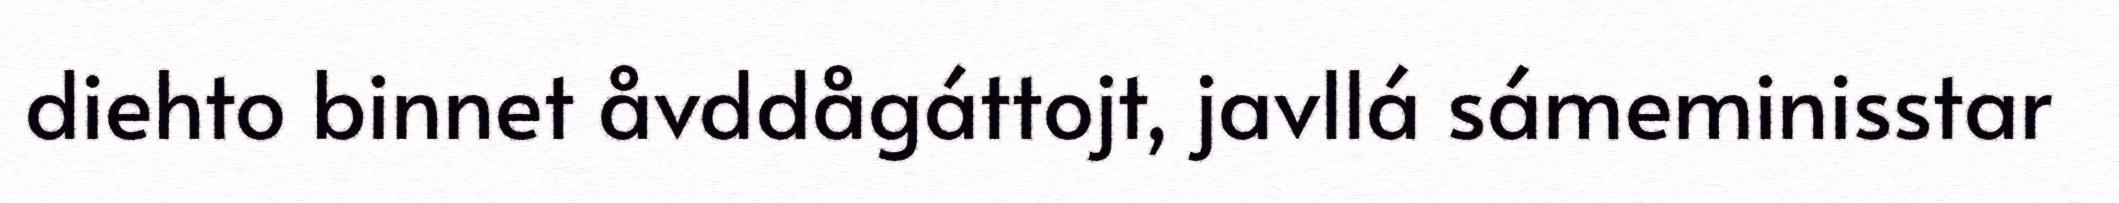
diehto binnet åvddågáttojt, javllá sámeminisstar